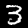
Digit: 3